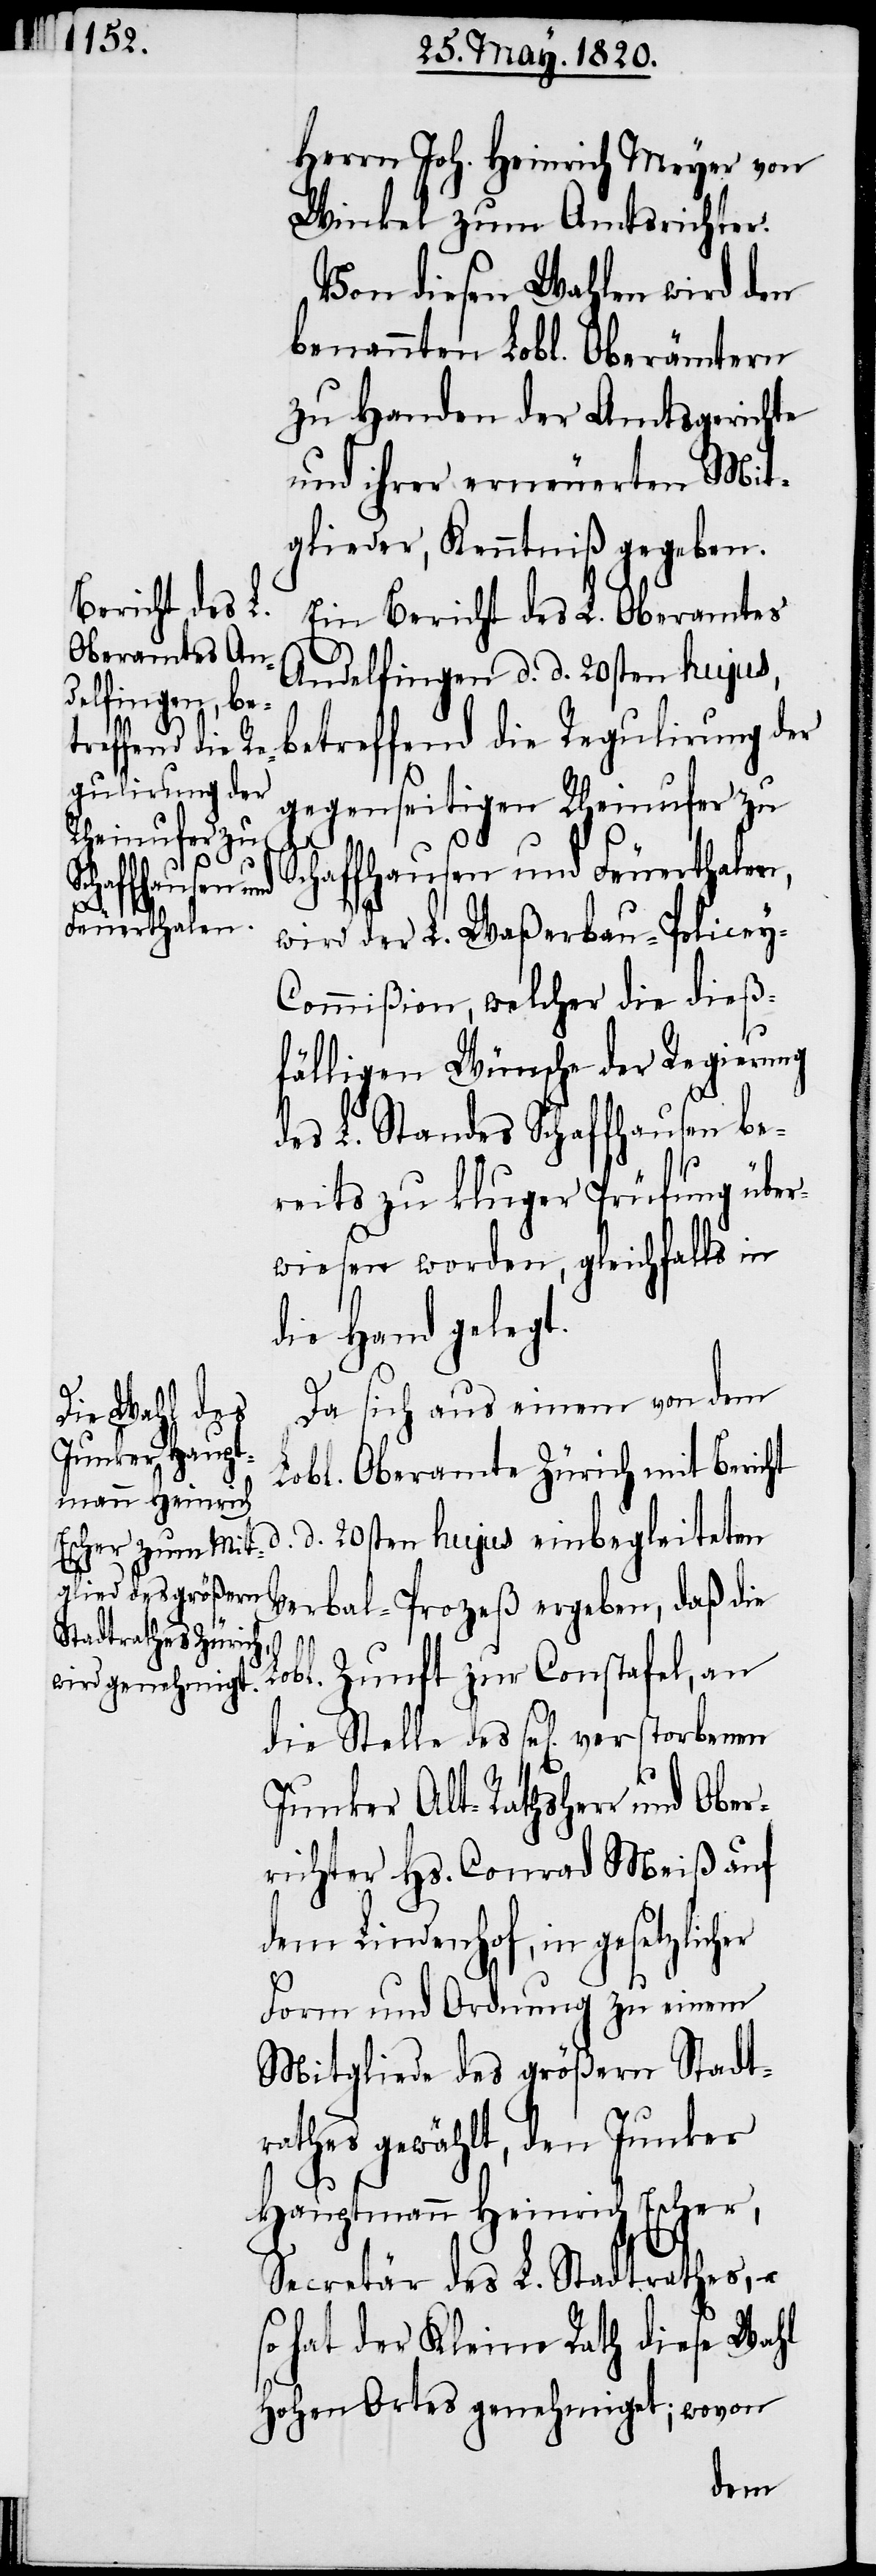
wird.
Junker Haupt¬
d.

Herrn Joh. Heinrich Meyer von
Winkel zum Amtsrichter.
Von diesen Wahlen wird den
benannten Lobl. Oberämtern
zu Handen der Amtsgerichte
und ihrer erneuerten Mit¬
Escher Kenntniß gegeben
Ein Bericht des L. Oberamtes
Andelfingen d. d. 20sten hujus,
betreffend die Regulierung der
gegenseitigen Rheinufer zu
mann
Schaffhausen und Feuerthalen,
wird der L. Waßerbau-Policey-C¬
ommißion, welcher die dieß¬
fälligen Wünsche der Regierung
des L. Standes Schaffhausen be¬
reits zu kluger Prüfung über¬
wiesen worden, gleichfalls in
die Hand gelegt.
Da sich aus einem von dem
L. Oberamte Zürich zu Handen
d. 20sten hujus einbegleiteten
Verbal-Prozeß ergeben, daß die
Lobl. Zunft zur Constafel, an
die Stelle des sel[igen] verstorbenen
Junker Alt-Rathsherr und Ober¬
richter Hs. Conrad Meiß auf
dem Lindenhof, in gesetzlich¬
Form und Ordnung zu einem
Mitgliede des größern Stadt¬
rathes gewählt, den Junker
Hauptmann Heinrich Escher,
Secretär des L. Stadtrathes,
so hat der Kleine Rath diese Wahl
hohen Ortes genehmiget; wovon
dem